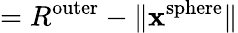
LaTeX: =R^{\mathrm{outer}}-\| \mathbf{x}^{\mathrm{sphere}}\|